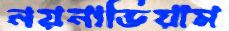
নয়নাভিয়াম